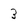
Character: 3